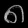
Digit: ၈